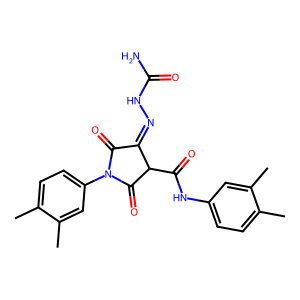
SMILES: Cc1ccc(NC(=O)C2C(=O)N(c3ccc(C)c(C)c3)C(=O)C2=NNC(N)=O)cc1C
Inhibits HIV replication: No